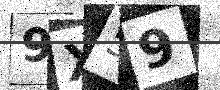
Text: 9X59